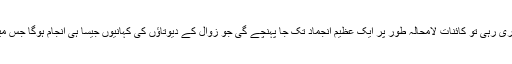
اگر یہ ارب ہا یا کھرب ہا برسوں تک جاری رہی تو کائنات لامحالہ طور پر ایک عظیم انجماد تک جا پہنچے گی جو زوال کے دیوتاؤں کی کہانیوں جیسا ہی انجام ہوگا جس میں تمام معلوم حیات کا خاتمہ ہو جائے گا۔